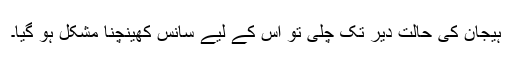
ہیجان کی حالت دیر تک چلی تو اس کے لیے سانس کھینچنا مشکل ہو گیا۔